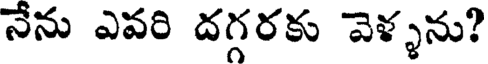
నేను ఎవరి దగ్గరకు వెళ్ళను?